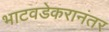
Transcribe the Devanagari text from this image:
भाटवडेकरानंतर